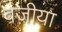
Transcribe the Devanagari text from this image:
वजीया